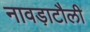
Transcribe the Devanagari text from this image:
नावड़ाटौली